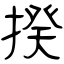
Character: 揆